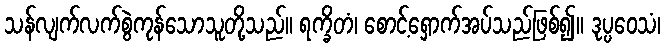
သန်လျက်လက်စွဲကုန်သောသူတို့သည်။ ရက္ခိတံ၊ စောင့်ရှောက်အပ်သည်ဖြစ်၍။ ဒုပ္ပဝေသံ၊